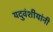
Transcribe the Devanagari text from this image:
यदुवंशीयांनी